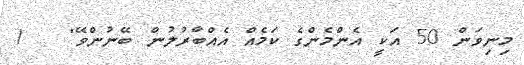
މިނިވަން 50 އަކީ އެންމެންގެ ކަމެއް އެއްބާރުލުން ބޭނުންވޭ"   !